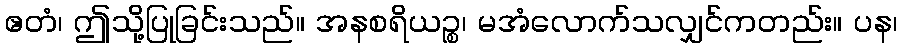
ဧတံ၊ ဤသို့ပြုခြင်းသည်။ အနစရိယဉ္စ၊ မအံလောက်သလျှင်ကတည်း။ ပန၊